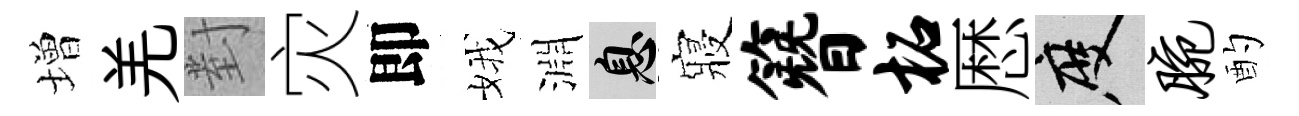
増羌對灾即娥淵息寢簪柘厯度腕酌